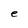
Character: e